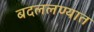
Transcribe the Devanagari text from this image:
बदललण्यात